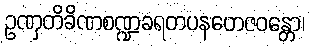
ဥဏှတိခိဏစဏ္ဍခရတပနတေဇဝန္တော၊